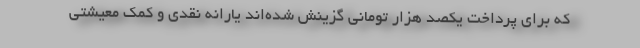
که برای پرداخت یکصد هزار تومانی گزینش شده‌اند یارانه نقدی و کمک معیشتی